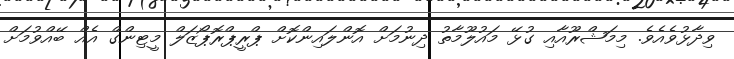
ވިދާޅުވެއެވެ. މިމަޝްރޫއާއި ގުޅޭ މައުލޫމާތު ދިނުމަށް އޮންލައިންކޮށް ޕްރީޕްރޮޕޯޒަލް މީޓިންގް އެއް ބޭއްވުމަށް